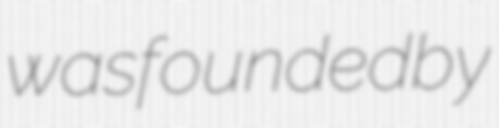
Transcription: was founded by